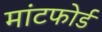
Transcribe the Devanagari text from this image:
मांटफोर्ड